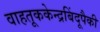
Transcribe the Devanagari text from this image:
वाहतूककेन्द्रबिंदूपैकी